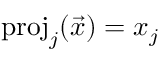
\mathrm { p r o j } _ { j } ( { \vec { x } } ) = x _ { j }